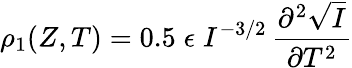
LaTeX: \rho_{1}(Z,T)=0.5\; \epsilon\; I^{-3/2}\, \frac{\partial^{2}\sqrt{I}}{\partial T^{2}}